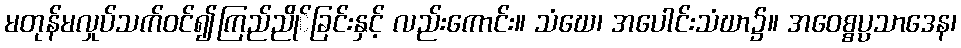
မတုန်မလှုပ်သက်ဝင်၍ကြည်ညို်ခြင်းနှင့် လည်းကောင်း။ သံဃေ၊ အပေါင်းသံဃာ၌။ အဝေစ္စပ္ပသာဒေန၊